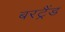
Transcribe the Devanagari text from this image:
बरट्रैंड